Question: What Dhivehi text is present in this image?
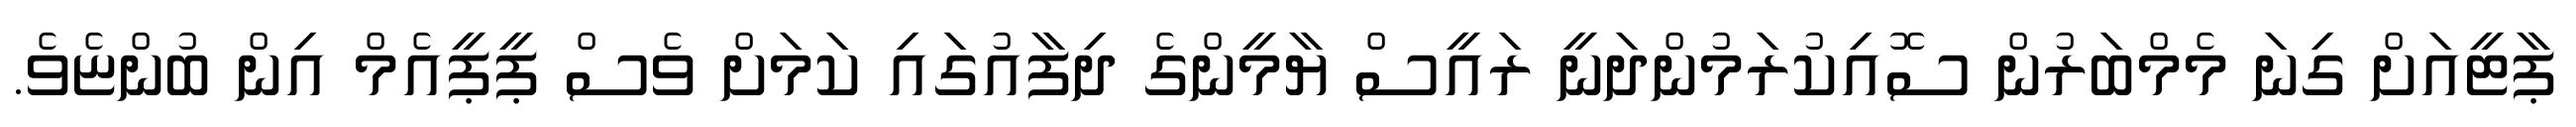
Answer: ޕާޓީއަށް ގިނަ މެމްބަރުން ސޮއިކުރަމުންދަނީ ރައީސް ޔާމީންގެ ދިފާއުގައި ކަމަށް ވެސް ޕީޕީއެމް އިން ބުންޏެވެ.